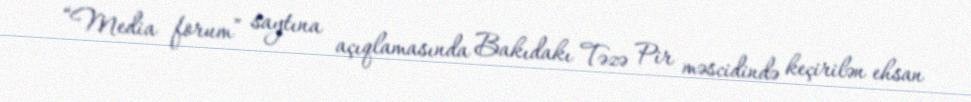
“Media forum” saytına açıqlamasında Bakıdakı Təzə Pir məscidində keçirilən ehsan